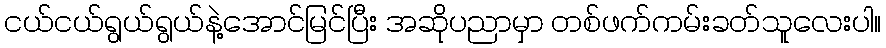
ငယ်ငယ်ရွယ်ရွယ်နဲ့အောင်မြင်ပြီး အဆိုပညာမှာ တစ်ဖက်ကမ်းခတ်သူလေးပါ။